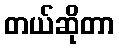
တယ်ဆိုတာ